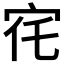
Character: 𡧜